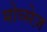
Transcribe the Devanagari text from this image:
मोव्सेज़